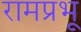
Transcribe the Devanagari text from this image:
रामप्रभू